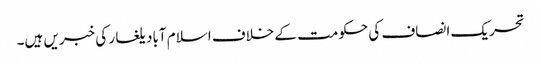
تحریک انصاف کی حکومت کے خلاف اسلام آباد یلغار کی خبریں ہیں۔